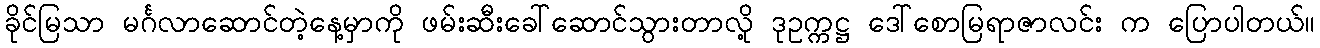
ခိုင်မြသာ မင်္ဂလာဆောင်တဲ့နေ့မှာကို ဖမ်းဆီးခေါ်ဆောင်သွားတာလို့ ဒုဥက္ကဋ္ဌ ဒေါ်စောမြရာဇာလင်း က ပြောပါတယ်။